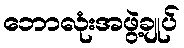
ဘောလုံးအဖွဲ့ချုပ်